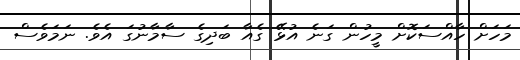
މަހަށް ހާއްސަކޮށް މީހުން ގަނެ އުޅޭ ގެއާ ބަދިގެ ސާމާނުގަ އެވެ. ނަމަވެސް